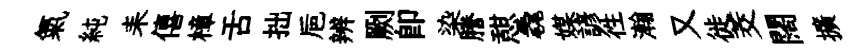
氣純耒僖樟舌拙巵辨劂即染謄憇毳媒諺徃瀚又徙茭闊擴